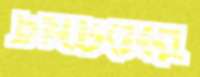
টমটমের